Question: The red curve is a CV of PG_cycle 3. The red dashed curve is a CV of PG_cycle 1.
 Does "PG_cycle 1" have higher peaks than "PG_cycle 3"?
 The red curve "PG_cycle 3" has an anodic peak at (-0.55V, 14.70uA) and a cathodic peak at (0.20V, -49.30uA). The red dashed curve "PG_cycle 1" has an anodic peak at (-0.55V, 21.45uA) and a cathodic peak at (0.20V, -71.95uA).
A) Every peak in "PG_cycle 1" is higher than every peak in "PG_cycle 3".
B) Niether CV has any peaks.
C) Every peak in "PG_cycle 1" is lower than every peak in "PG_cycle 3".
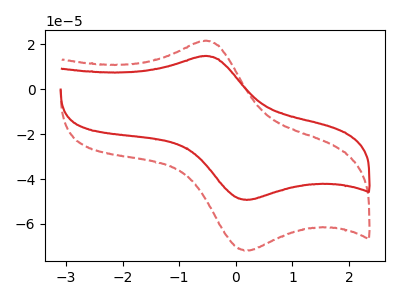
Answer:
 <answer>A) Every peak in "PG_cycle 1" is higher than every peak in "PG_cycle 3".</answer>
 <eval>A</eval>